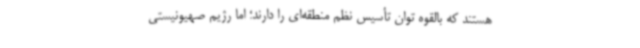
هستند که بالقوه توان تأسیس نظم منطقه‌ای را دارند؛ اما رژیم صهیونیستی